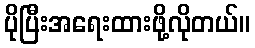
ပိုပြီးအရေးထားဖို့လိုတယ်။